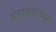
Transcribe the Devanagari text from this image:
सेनादलाच्या